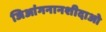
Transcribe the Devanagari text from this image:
जिआंगनानशीदाओ